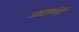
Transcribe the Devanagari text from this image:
आदशर्वादी